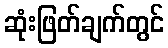
ဆုံးဖြတ်ချက်တွင်